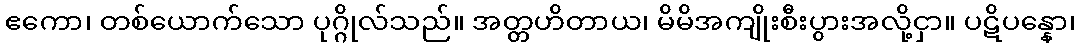
ဧကော၊ တစ်ယောက်သော ပုဂ္ဂိုလ်သည်။ အတ္တဟိတာယ၊ မိမိအကျိုးစီးပွားအလို့ငှာ။ ပဋိပန္နော၊